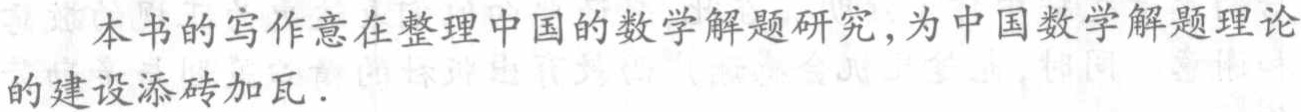
本书的写作意在整理中国的数学解题研究,为中国数学解题理论的建设添砖加瓦.